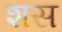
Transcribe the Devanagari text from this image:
शस